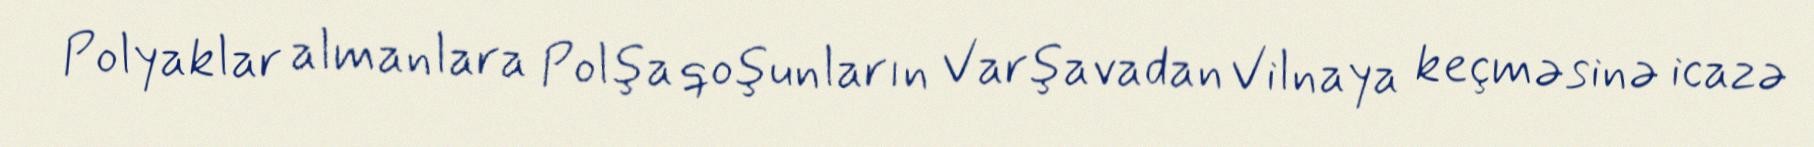
Polyaklar almanlara Polşa qoşunların Varşavadan Vilnaya keçməsinə icazə